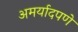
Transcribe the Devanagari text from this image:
अमर्यादपणे